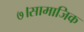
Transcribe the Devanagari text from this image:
७।सामाजिक